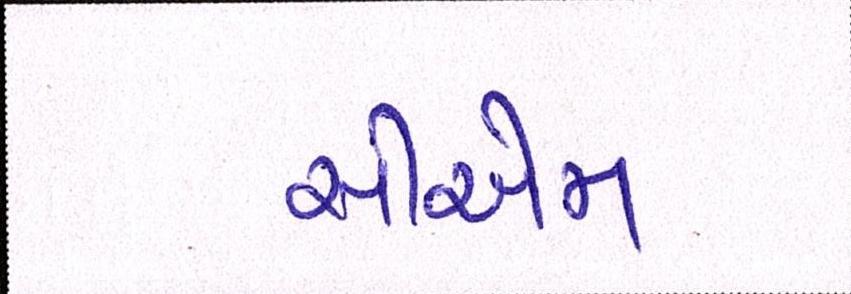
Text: સીએમ